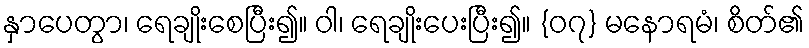
နှာပေတွာ၊ ရေချိုးစေပြီး၍။ ဝါ၊ ရေချိုးပေးပြီး၍။ {၀၇} မနောရမံ၊ စိတ်၏